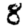
Digit: 8